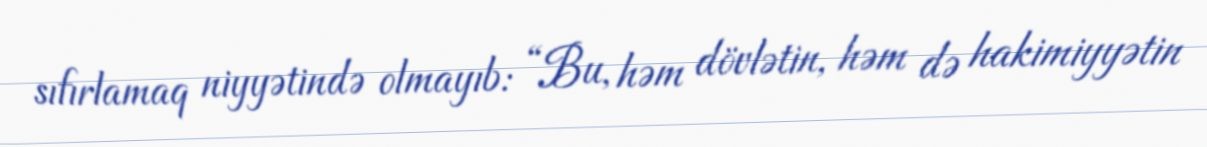
sıfırlamaq niyyətində olmayıb: “Bu, həm dövlətin, həm də hakimiyyətin